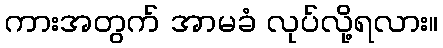
ကားအတွက် အာမခံ လုပ်လို့ရလား။